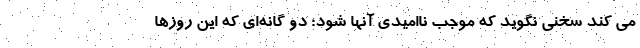
می کند سخنی نگوید که موجب ناامیدی آنها شود؛ دو گانه‌ای که این روزها